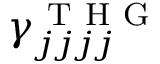
\gamma _ { j j j j } ^ { \mathrm { ~ T ~ H ~ G ~ } }